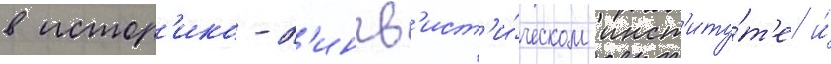
в истор'ико-л'ингв'ист'и́ческом инст'иту́т'е и́